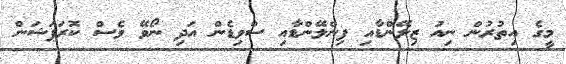
މީގެ އިތުރުން ނިއު ޒިލޭންޑާއި ފިންލޭންޑާއި ސްވިޑެން އަދި ނޯވޭ ވެސް ކޮރަޕަޝަން